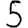
Digit: 5